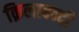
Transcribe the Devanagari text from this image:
क़िलाबन्दी